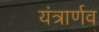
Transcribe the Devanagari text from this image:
यंत्रार्णव